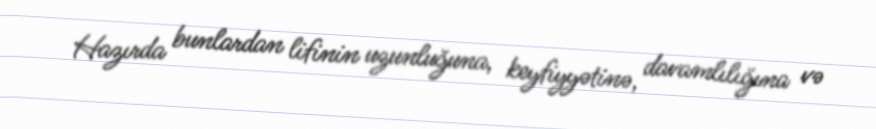
Hazırda bunlardan lifinin uzunluğuna, keyfiyyətinə, davamlılığına və